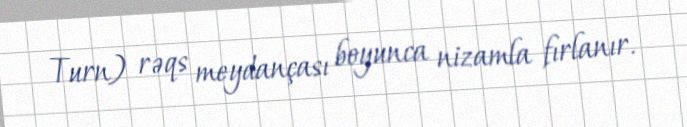
Turn) rəqs meydançası boyunca nizamla fırlanır.